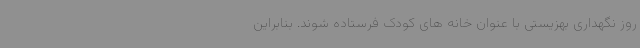
روز نگهداری بهزیستی با عنوان خانه های کودک فرستاده شوند. بنابراین